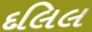
દલિલ